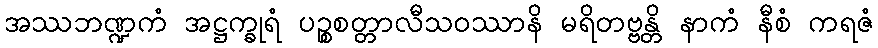
အဿဘဏ္ဍကံ အဋ္ဌက္ခုရံ ပဉ္စစတ္တာလီသဝဿာနိ မရိတဗ္ဗန္တိ နာကံ နီစံ ကရဇံ